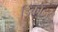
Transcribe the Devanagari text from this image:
डिकॉडर